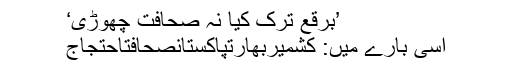
’برقع ترک کیا نہ صحافت چھوڑی‘
اسی بارے میں: کشمیربھارتپاکستانصحافتاحتجاج